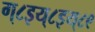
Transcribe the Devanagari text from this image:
ग्८इय्८इय्८९